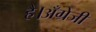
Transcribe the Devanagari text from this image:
है।अँग्रेजी